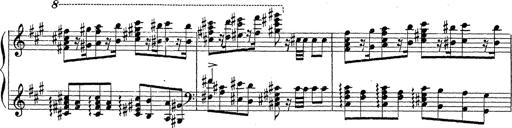
Title: Ballade No.1
Composer: Richard St. Clair